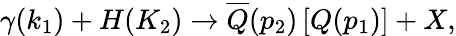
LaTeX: \gamma(k_{1})+H(K_{2})\rightarrow\overline{{{Q}}}(p_{2})\left[Q(p_{1})\right]+X,